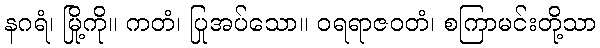
နဂရံ၊ မြို့ကို။ ကတံ၊ ပြုအပ်သော။ ဝရရာဇဝတံ၊ စကြာမင်းတို့သာ